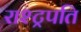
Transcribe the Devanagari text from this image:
राश्ट्रपति